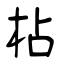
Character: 枮